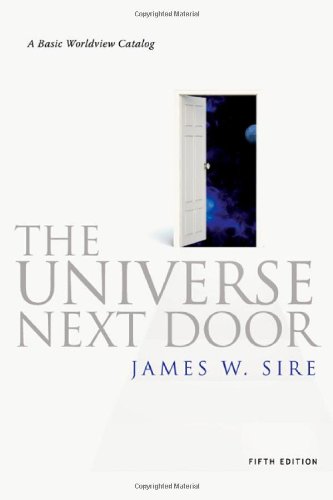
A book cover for The Universe Next Door: A Basic Worldview Catalog, 5th Edition; James W. Sire; Politics & Social Sciences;